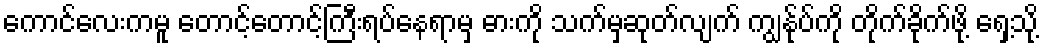
ကောင်လေးကမူ တောင့်တောင့်ကြီးရပ်နေရာမှ ဓားကို သက်မှဆုတ်လျက် ကျွန်ုပ်ကို တိုက်ခိုက်ဖို့ ရှေ့သို့